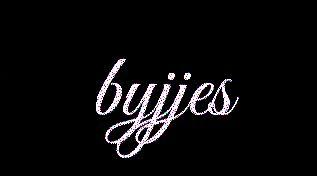
byjjes